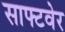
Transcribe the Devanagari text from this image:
साफ्टवेर